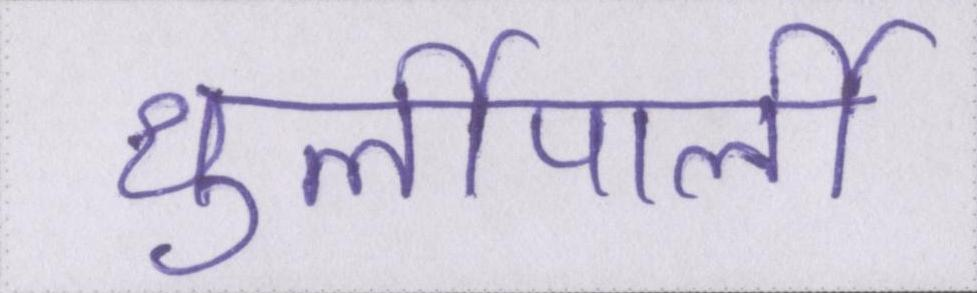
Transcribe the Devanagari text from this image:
धुर्लीपार्ली